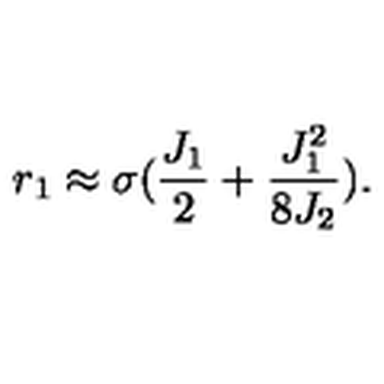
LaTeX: r _ { 1 } \approx \sigma ( { \frac { J _ { 1 } } { 2 } } + { \frac { J _ { 1 } ^ { 2 } } { 8 J _ { 2 } } } ) .